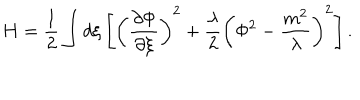
H = \frac { 1 } { 2 } \int d \xi \left[ \left( \frac { \partial \Phi } { \partial \xi } \right) ^ { 2 } + \frac { \lambda } { 2 } \left( \Phi ^ { 2 } - \frac { m ^ { 2 } } { \lambda } \right) ^ { 2 } \right] .